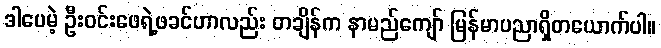
ဒါပေမဲ့ ဦးဝင်းဖေရဲ့ဖခင်ဟာလည်း တချိန်က နာမည်ကျော် မြန်မာပညာရှိတယောက်ပါ။